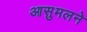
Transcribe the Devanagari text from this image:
आसुमलने